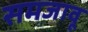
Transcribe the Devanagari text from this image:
समजावू